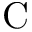
\mathrm { C }